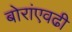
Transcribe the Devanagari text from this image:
बोरांएवढी